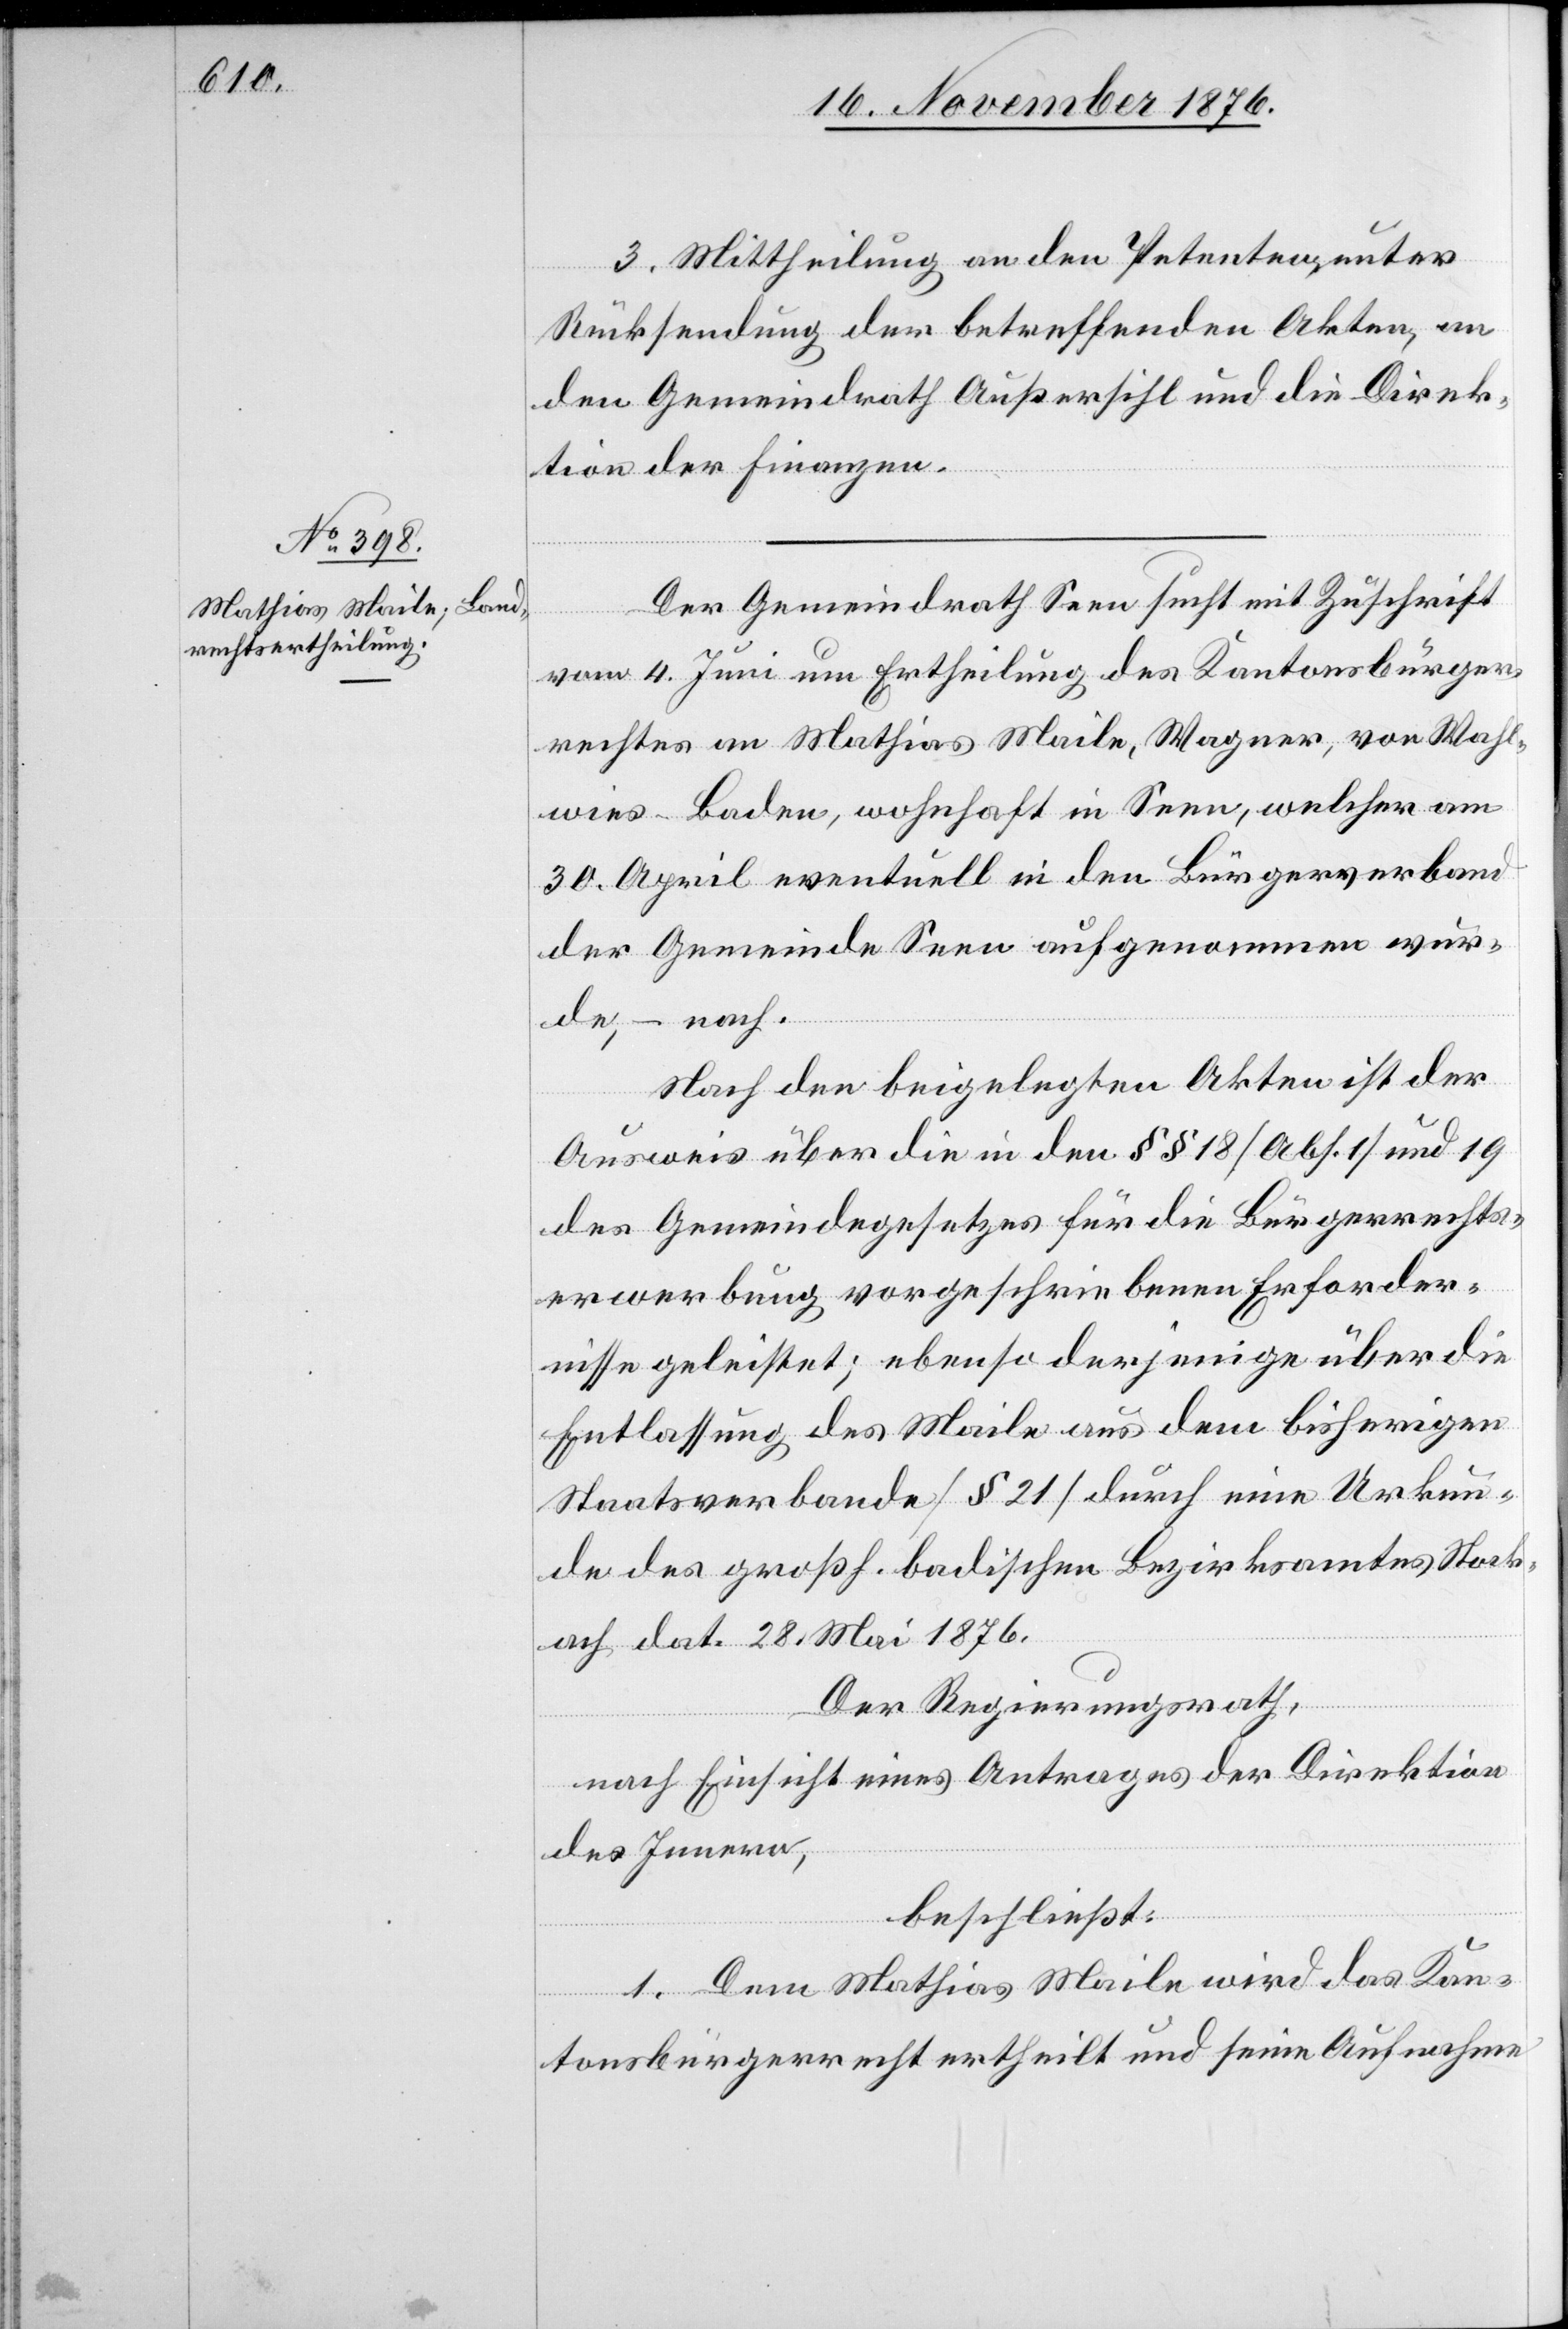
3. Mittheilung an den Petenten unter
Rücksendung der betreffenden Akten, an
den Gemeindrath Außersihl und die Direk¬
tion der Finanzen.
Der Gemeindrath Seen sucht mit Zuschrift
vom 4. Juni um Ertheilung des Kantonsbürger¬
rechtes an Mathias Maile, Wagner, von Wahl¬
wies - Baden, wohnhaft in Seen, welcher am
30. April eventuell in den Bürgerverband
der Gemeinde Seen aufgenommen wur¬
de, – nach.
Nach den beigelegten Akten ist der
Ausweis über die in den §§ 18 [Abs. 1] und 19
des Gemeindegesetzes für die Bürgerrechts¬
erwerbung vorgeschriebenen Erforder¬
nisse geleistet; ebenso derjenige über die
Entlassung des Maile aus dem bisherigen
Staatsverbande [§ 21] durch eine Urkun¬
de des großh. badischen Bezirksamtes Stock¬
ach dat. 28. Mai 1876.
Der Regierungsrath,
nach Einsicht eines Antrages der Direktion
des Innern,
beschließt:
1. Dem Mathias Meile wird das Kan¬
tonsbürgerrecht ertheilt und seine Aufnahme